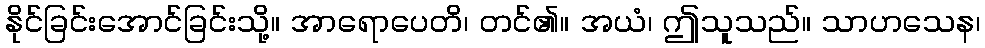
နိုင်ခြင်းအောင်ခြင်းသို့။ အာရောပေတိ၊ တင်၏။ အယံ၊ ဤသူသည်။ သာဟသေန၊